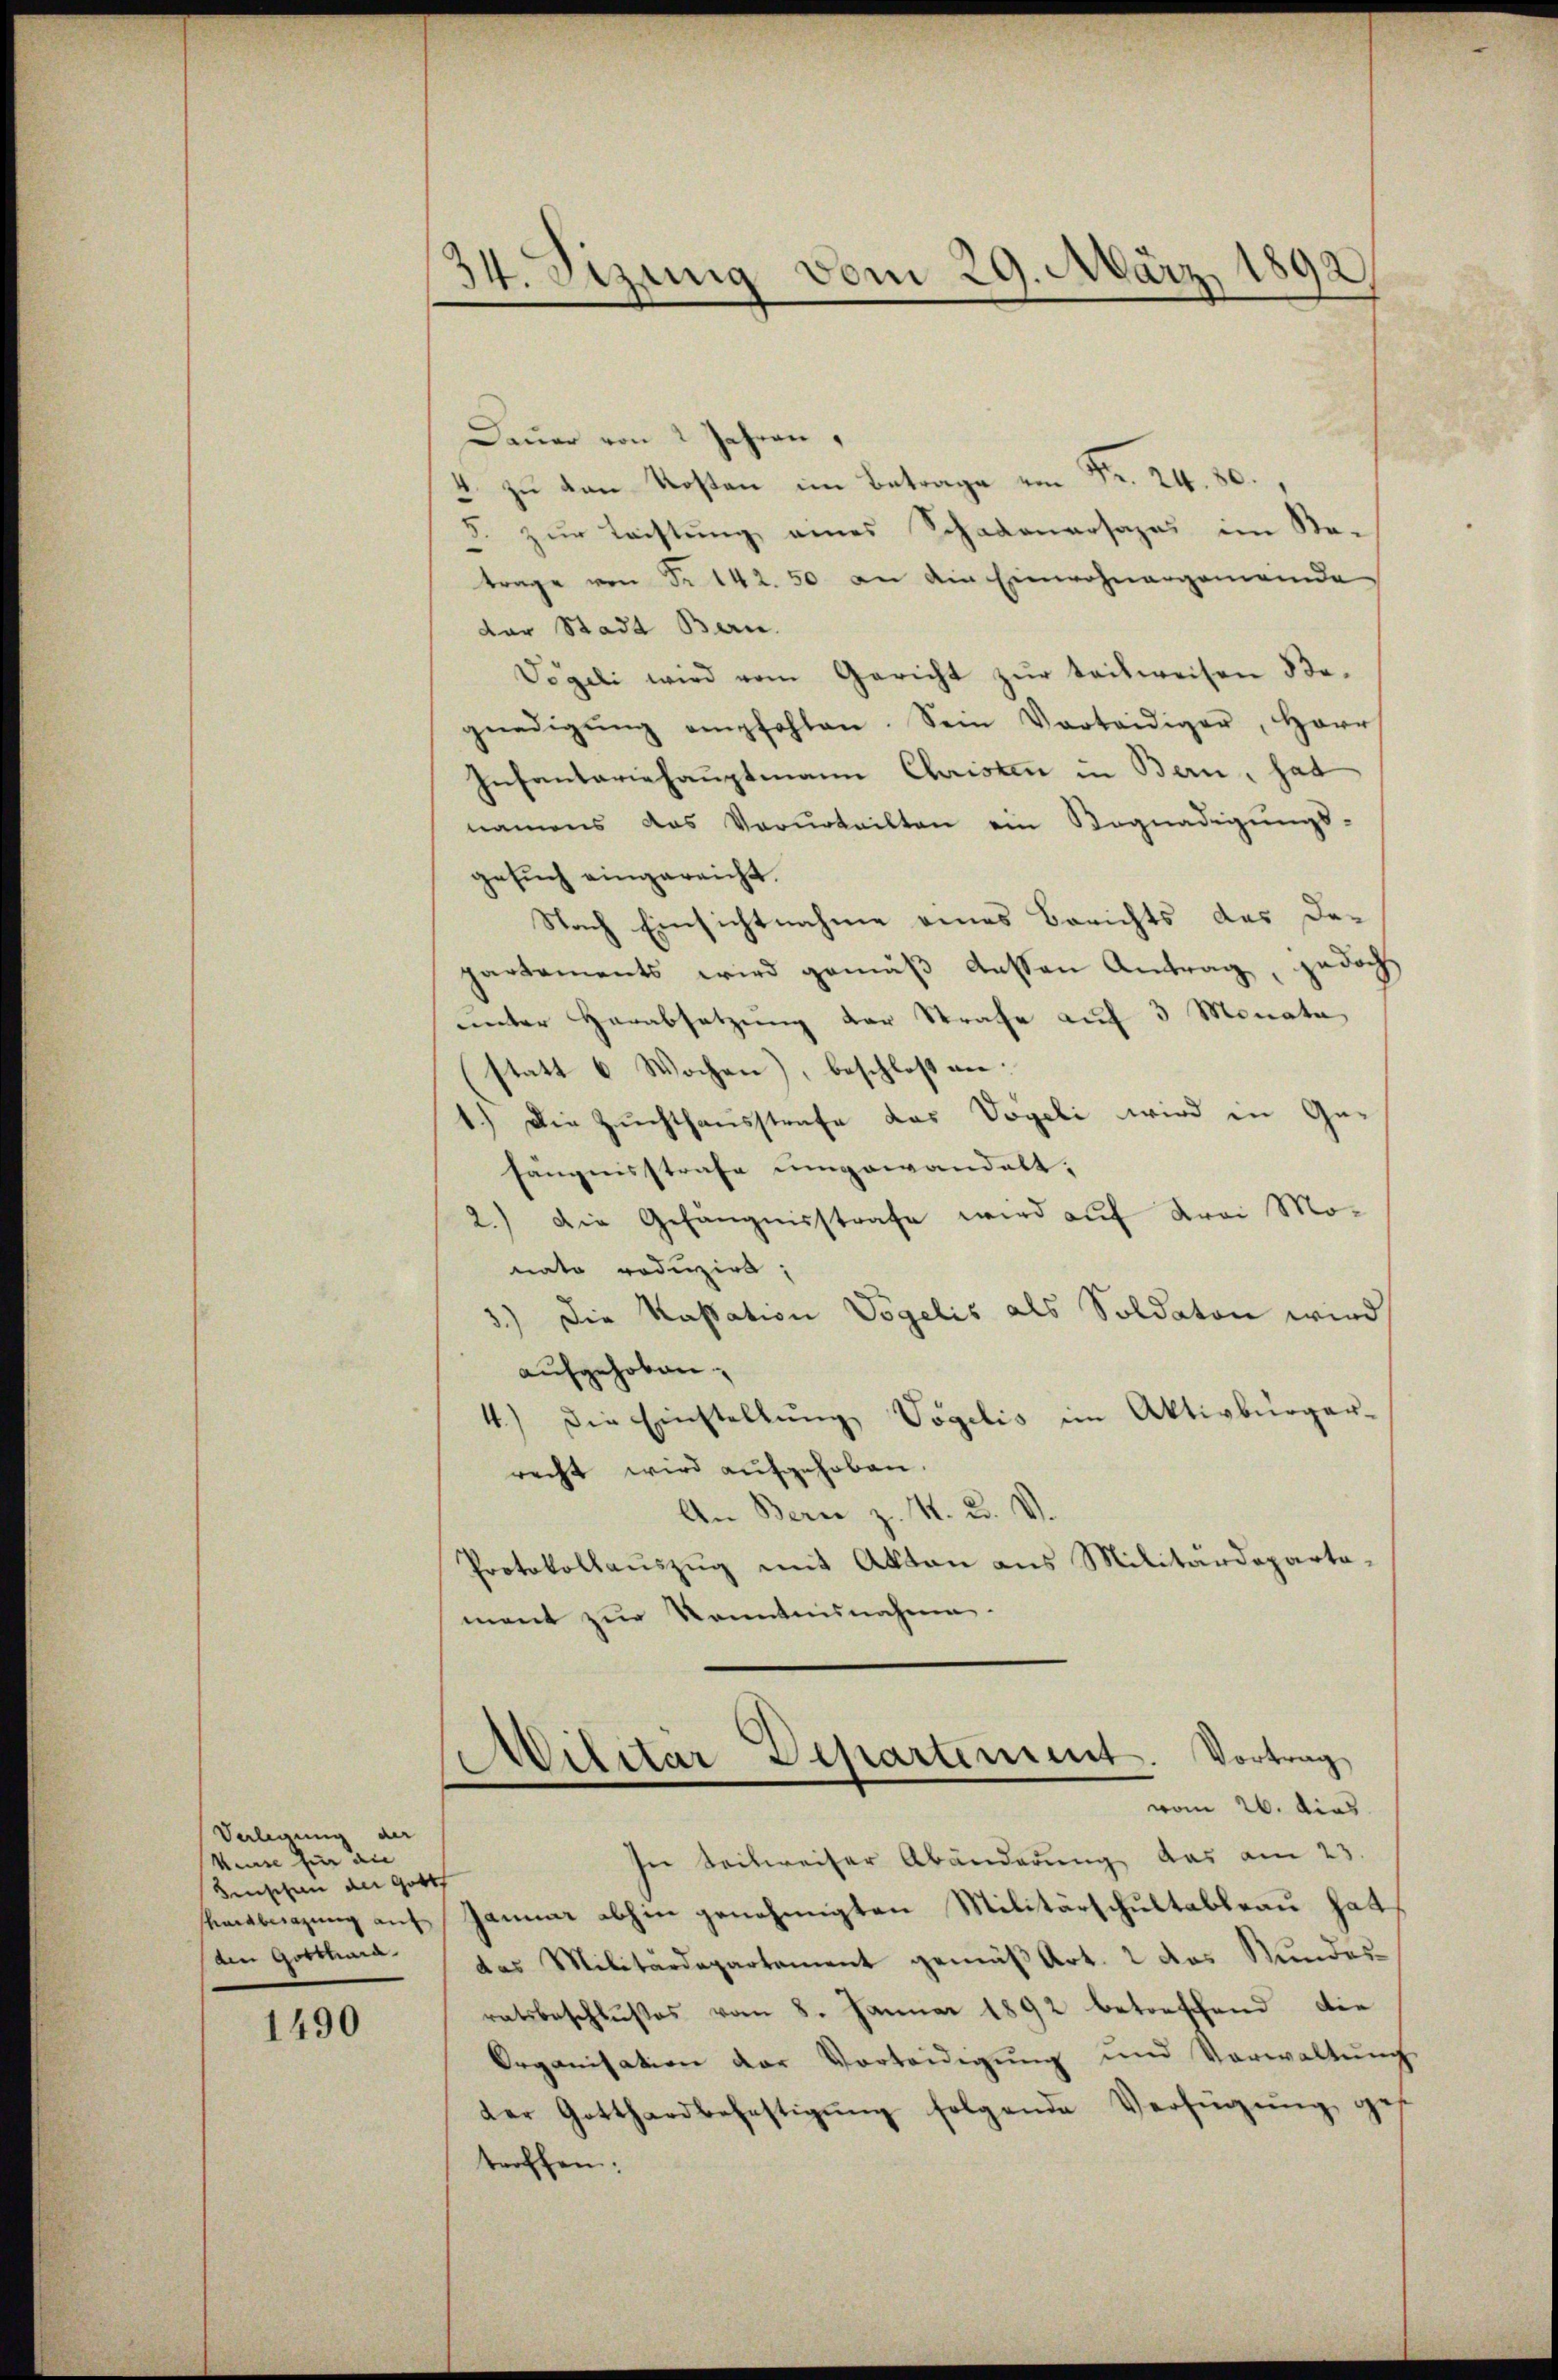
Verlegung der
kise hin an
enschen der Gottf
nabwägung auf
den Gotthard

1490

34. Sizung vom 29. März 1892

Dauer von 2 Jahren,
4 zu den Kosten im Betrage von Fr. 24. 80.
 zur Leistung eines Schadenarsapas im Na-
trage von Nr. 142. 50 an die Einwohnergemeinde
der Stadt Bern.
Vögeli wird vom Gericht zŭr teilweisen Be-
gnedigŭng empfohlen. Sein Vorteidiger, Herr
Infantariehauptmann Christen in Bern, hat
namens das Verurteilten ein Begnadigungs-
gesuch eingereicht.
Nach Einsichtnahme eines Berichts des Departements wird gemäβ dessen Antrag, jedoch
unter Herabsetzung der Strafe auf 3 Monata
(statt 6 Wochen), beschloß an.
ech Die Zuchthausstrafe das Vogeli wird in Ge-
fängnisstrafe umgewandelt,
2.) Die Gefängnisstrafe wird auf Frei Monate roduzirt;
5.) Die Kassation Vögelis als Soldaten wird
aufgehoben.
4.) Die Einstellŭng Vögelis im Aktivbürger-
recht wird aufgehoben.
An Bern z. R. u. V.
Protokollauszug mit Akten aus Militärdepartamant zur Kenntnisnahme.
Militar Departement. Vortrag
vom 26. dies
In teilweiser Abänderung das am 23.
sam abhin genehmigten Militärschultableau hat
das Militärdepartament gemäß Art. 2 das Stundesratsbeschlußes vom 8. Januar 1892 betreffend die
Organisation der Verteidigŭng und Verwaltŭng
der Gotthardbefestigŭng folgende Verfügŭng ge-
troffen.